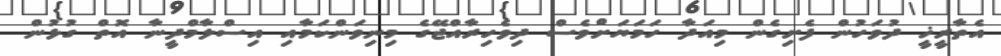
އެތާރީޚީ ދުވަހުން ފެށިގެން މިއަދާ ހަމަޔަށްވެސް ދިވެހިރާއްޖޭގެ މިނިވަންކަމާއި އިސްލާމްދީނާ އޮތް ގުޅުން